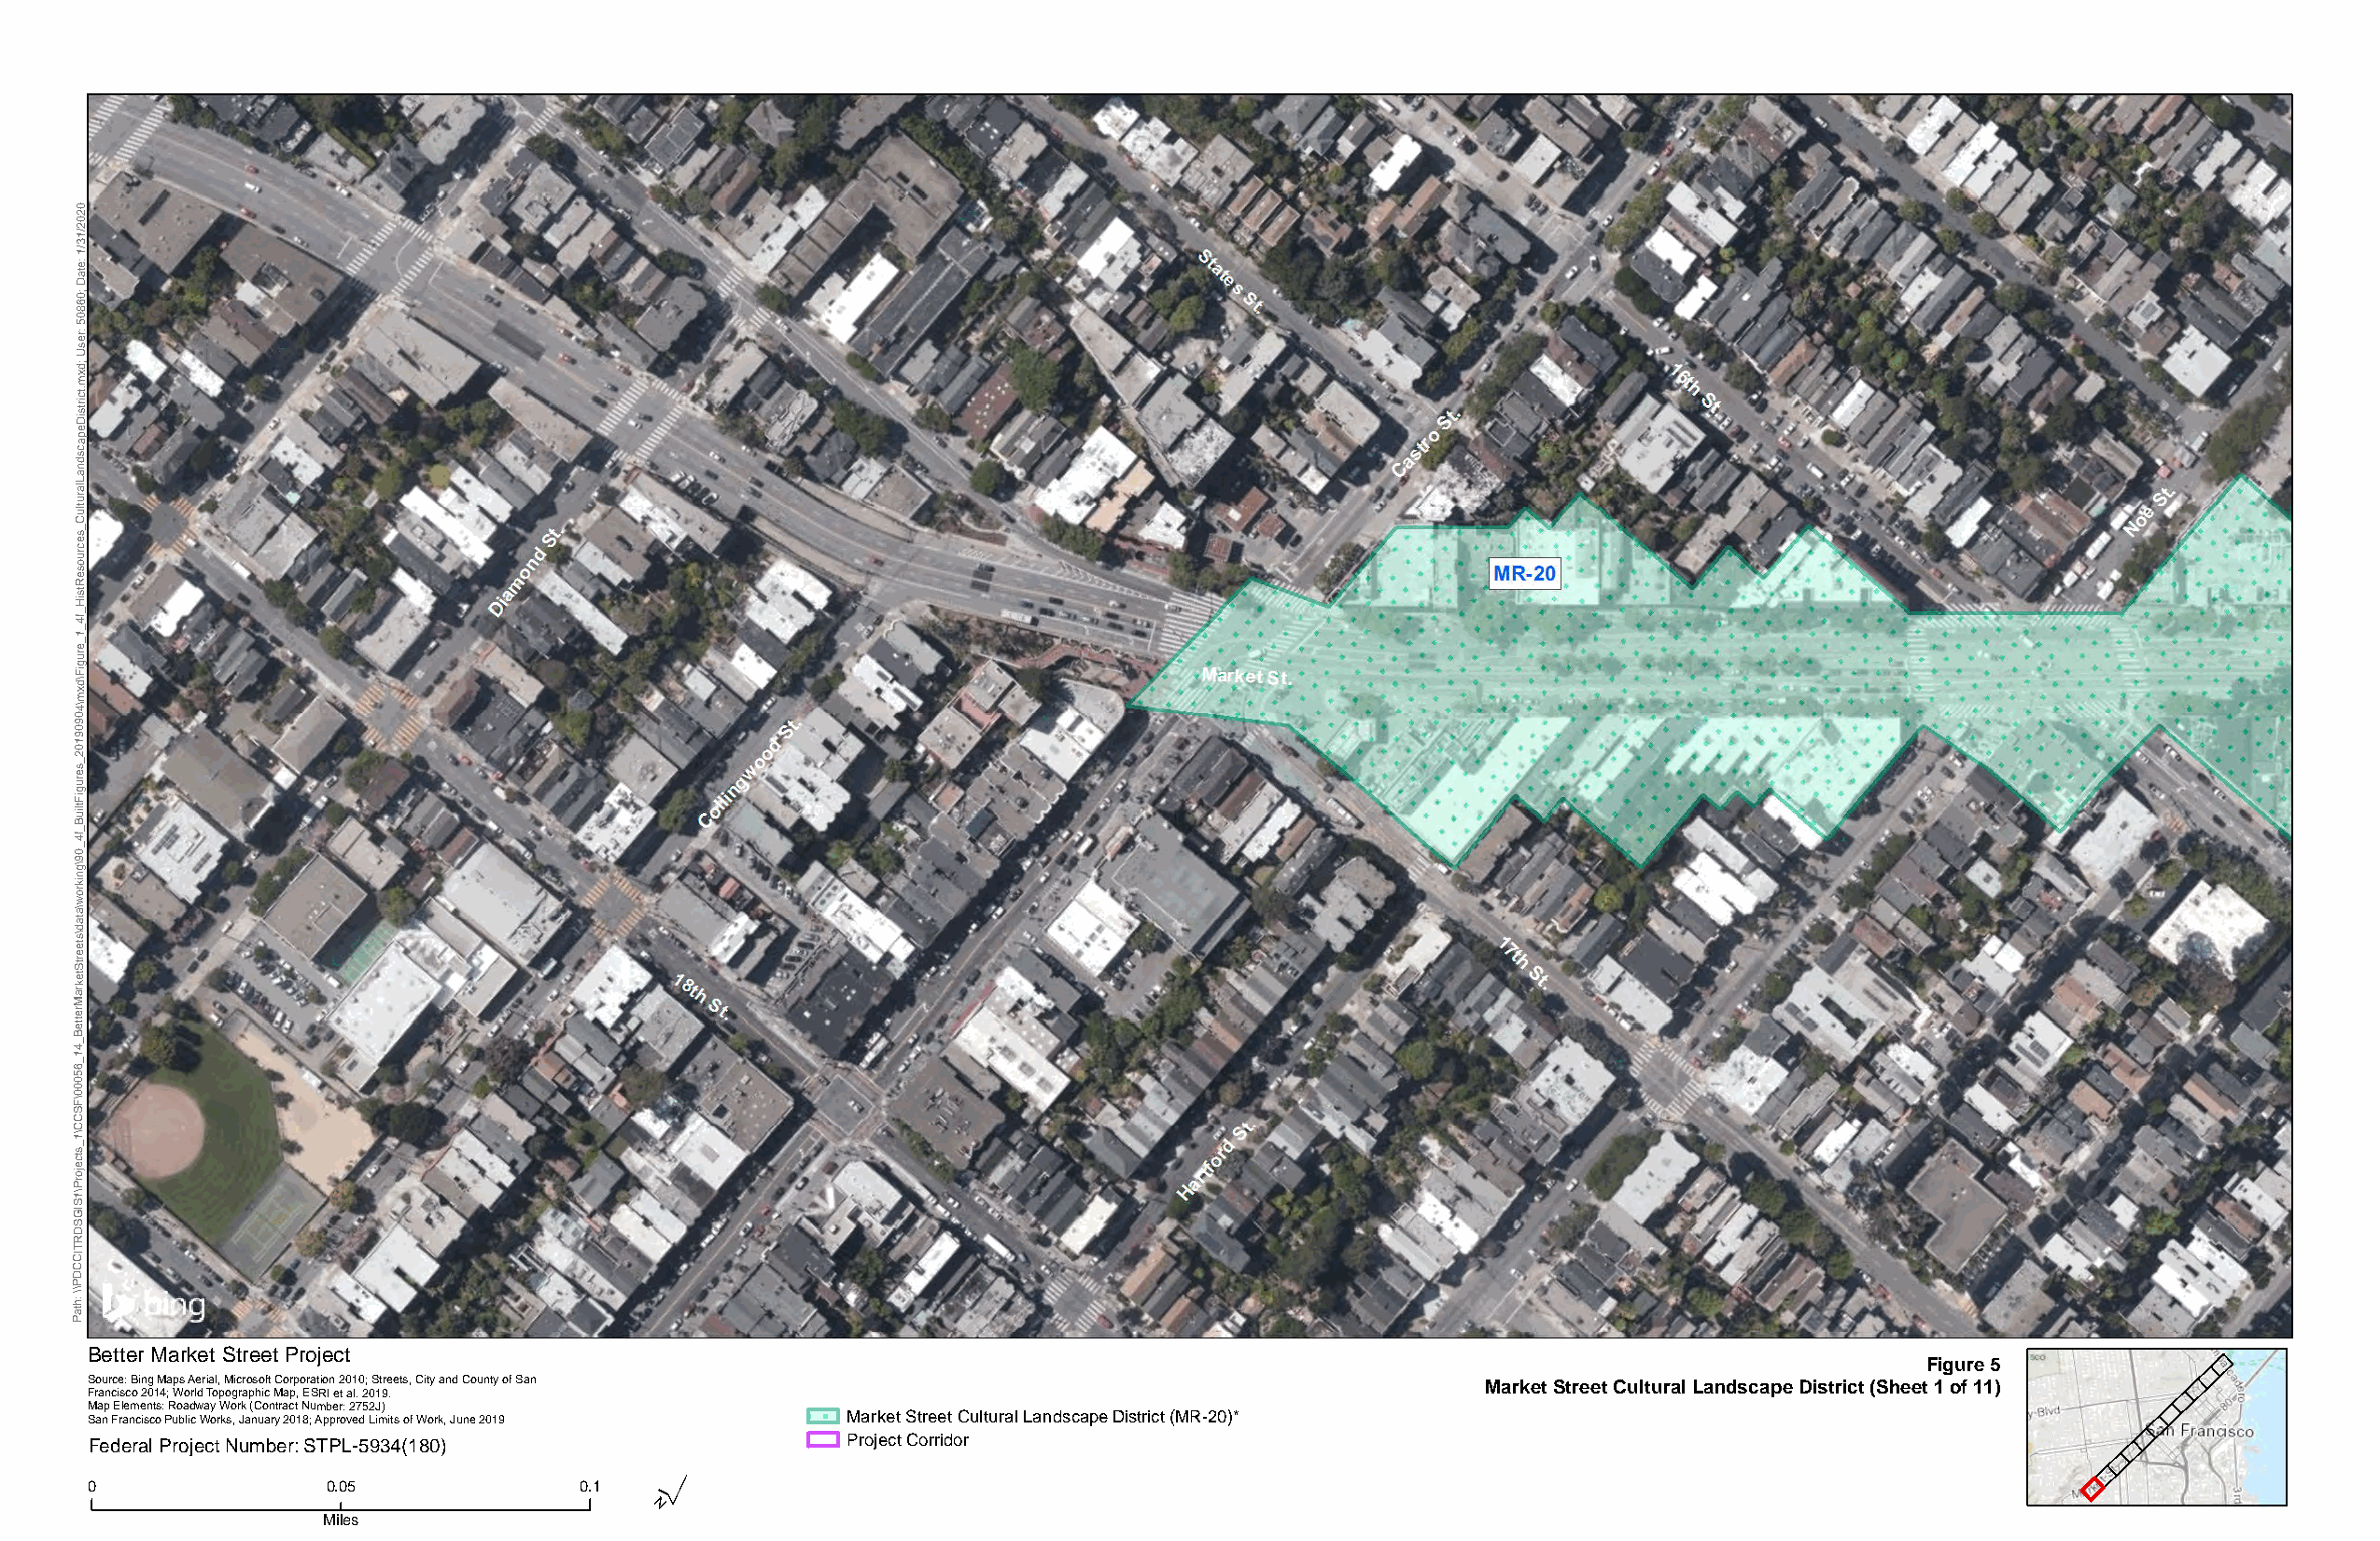
0
 2
 0
 2
 1/
 3
 1/
 e:
 at
 D
 0;
 6
 8
 0
 5
 er:
 Us
 d;
 x
 m
 ct.
 stri
 Di
 e
 p
 a
 c
 s
 d
 n
 a
 L
 al
 ur
 ult
 C
 _
 s
 e
 urc
 o
 s
 e
 R
 st
 Hi
 _
 4f
 _
 1
 _
 e
 ur
 g
 Fi
 d\
 x
 m
 4\
 0
 9
 0
 9
 1
 0
 2
 _
 s
 e
 ur
 g
 Fi
 uilt
 B
 _
 4f
 _
 0
 9
 g\
 n
 ki
 or
 w
 a\
 at
 d
 s\
 et
 e
 Str
 et
 k
 ar
 M
 er
 ett
 B
 _
 4
 1
 _
 6
 5
 0
 0
 0
 F\
 S
 C
 C
 1\
 _
 s
 ct
 e
 oj
 Pr
 1\
 S
 GI
 S
 D
 R
 T
 CI
 C
 D
 P
 h:
 \\
 at
 P
 Better Market Street Project
 Figure 5
 Source: Bing Maps Aerial, Microsoft Corporation 2010; Streets, City and County of San
 Francisco 2014; World Topographic Map, ESRI et al. 2019.                                           Market Street Cultural Landscape District (Sheet 1 of 11)
 Map Elements: Roadway Work (Contract Number: 2752J)
 San Francisco Public Works, January 2018; Approved Limits of Work, June 2019 Market Street Cultural Landscape District (MR-20)*
 Federal Project Number: STPL-5934(180)                Project Corridor
 ´
 0                0.05              0.1
 Miles